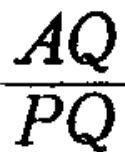
$\frac{AQ}{PQ}$